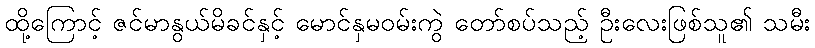
ထို့ကြောင့် ဇင်မာနွယ်မိခင်နှင့် မောင်နှမဝမ်းကွဲ တော်စပ်သည့် ဦးလေးဖြစ်သူ၏ သမီး